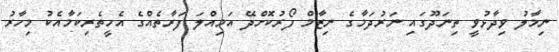
ނިމާލު ވިދާޅުވީ ތިނަދޫގައި ނަރުދަމާގެ ނިޒާމް ފޯރުކޮށްދޭ އަމިއްލަ ފަރާތެއްގެ އެހީތެރިކަމާއެކު މިހާރު